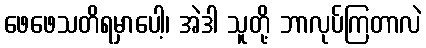
ဖေဖေသတိရမှာပေါ့၊ အဲဒါ သူတို့ ဘာလုပ်ကြတာလဲ